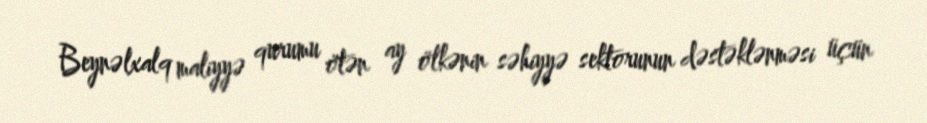
Beynəlxalq maliyyə qurumu ötən ay ölkənin səhiyyə sektorunun dəstəklənməsi üçün